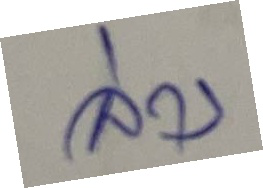
ล่าง